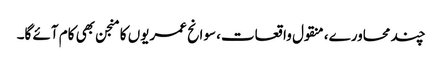
چند محاورے، منقول واقعات، سوانح عمریوں کا منجن بھی کام آئے گا۔